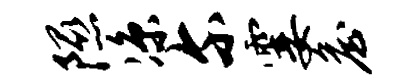
隰凉尔霎詹